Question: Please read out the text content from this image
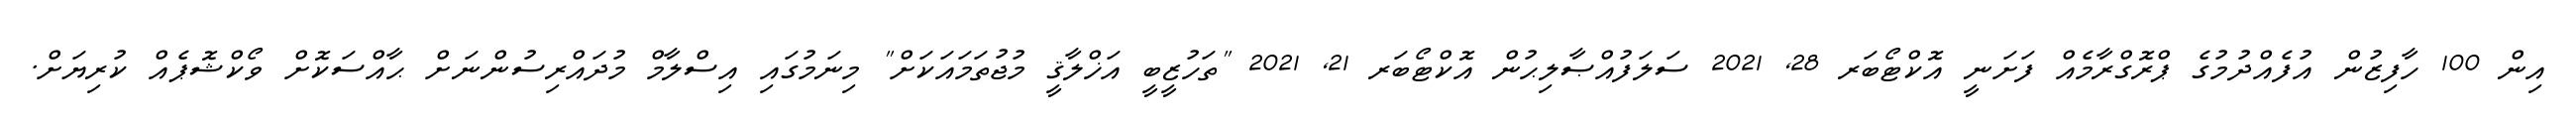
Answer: އިން 100 ހާފިޒުން އުފެއްދުމުގެ ޕްރޮގްރާމެއް ފަށަނީ އޮކްޓޯބަރ 28, 2021 ސަލަފުއްޞާލިޙުން އޮކްޓޯބަރ 21, 2021 "ތަހުޒީބީ އަޚްލާޤީ މުޖުތަމައަކަށް" މިނަމުގައި އިސްލާމް މުދައްރިސުންނަށް ޙާއްސަކޮށް ވޯކްޝޮޕެއް ކުރިޔަށް.